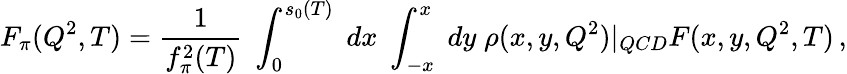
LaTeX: F_{\pi}(Q^{2},T)=\frac{1}{f_{\pi}^{2}(T)}\; \int_{0}^{s_{0}(T)}\; dx\; \int_{-x}^{x}\; dy\; \rho(x,y,Q^{2})|_{QCD}F(x,y,Q^{2},T)\, ,